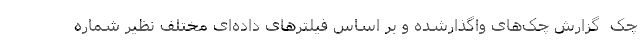
چک  گزارش چک‌های واگذارشده و بر اساس فیلترهای داده‌ای مختلف نظیر شماره